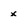
Character: x